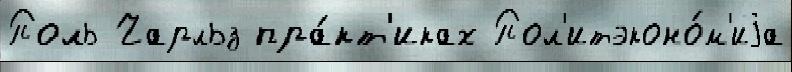
Поль Чарльз пра́кт'иках Пол'итэконо́м'иjа